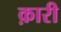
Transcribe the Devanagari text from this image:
क़ारी